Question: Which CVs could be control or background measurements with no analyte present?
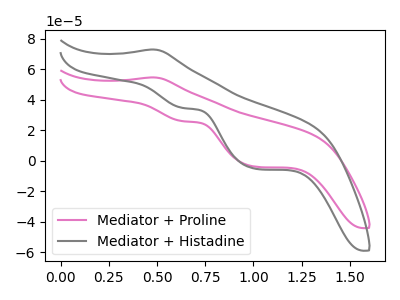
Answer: <think>The pink curve "Mediator + Proline" has an anodic peak at (0.50V, 54.55uA) and cathodic peaks at (0.65V, 25.85uA) (1.00V, -3.95uA). The gray curve "Mediator + Histadine" has an anodic peak at (0.50V, 72.85uA) and cathodic peaks at (0.65V, 34.50uA) (1.00V, -5.30uA).</think>
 <answer>There are not any CV's on this graph that are likely to be blanks.</answer>
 <eval>none</eval>